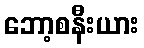
ဘော့စနီးယား